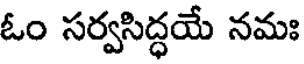
ఓం సర్వసిద్ధయే నమః